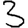
Digit: 3